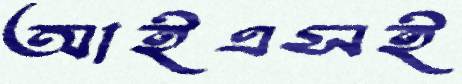
আইএসই